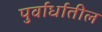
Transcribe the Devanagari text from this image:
पुर्वार्धातील